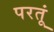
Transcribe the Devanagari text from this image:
परतूं